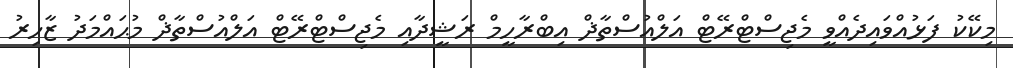
މިކޭކު ފަޅުއްވައިދެއްވީ މެޖިސްޓްރޭޓް އަލްއުސްތާޛް އިބްރާހީމް ރަޝީދާއި މެޖިސްޓްރޭޓް އަލްއުސްތާޛް މުޙައްމަދު ޒާހިރު